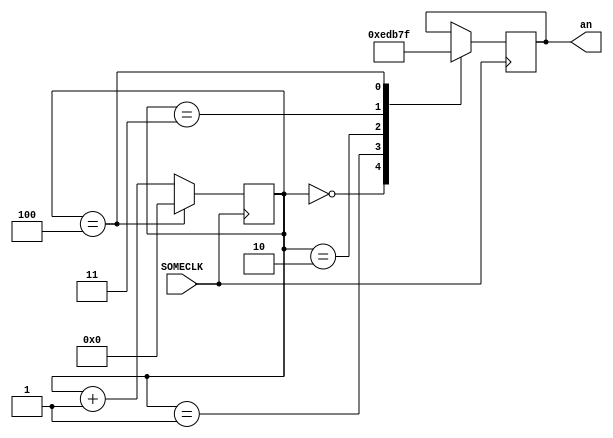
`timescale 1ns / 1ps
//////////////////////////////////////////////////////////////////////////////////
// Company: 
// Engineer: 
// 
// Design Name: 
// Module Name: FLICKER_ANODE
// Project Name: 
// Target Devices: 
// Tool Versions: 
// Description: 
// 
// Dependencies: 
// 
// Revision:
// Revision 0.01 - File Created
// Additional Comments:
// 
//////////////////////////////////////////////////////////////////////////////////


module FLICKER_ANODE(input SOMECLK, output reg [3:0] an);
reg [3:0] an_counter = 0;
always @(posedge SOMECLK) begin
        an_counter <= (an_counter == 4)?  0 : an_counter + 1;
        case (an_counter) 
            0: an <= 4'b1110;
            1: an <= 4'b1101;
            2: an <= 4'b1011;
            3: an <= 4'b0111;
            4: an <= 4'b1111;
       endcase
end
endmodule